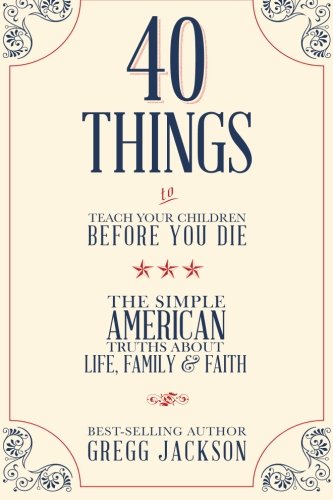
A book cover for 40 Things To Teach Your Children Before You Die: The Simple American Truths About Life, Family & Faith; Gregg Jackson; Parenting & Relationships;